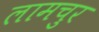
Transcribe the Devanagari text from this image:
लामचुर